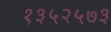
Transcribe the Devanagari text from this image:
१३५२५७३